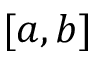
[ a , b ]